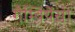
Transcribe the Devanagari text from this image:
गैम्बियेंसी